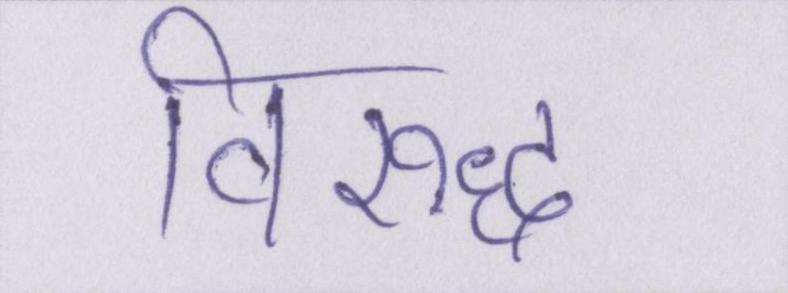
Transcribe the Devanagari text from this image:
विरूद्ध